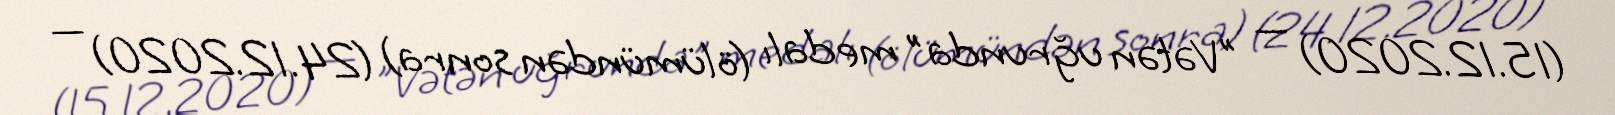
(15.12.2020) — "Vətən uğrunda" medalı (ölümündən sonra) (24.12.2020) —